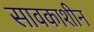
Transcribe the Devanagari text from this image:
सावकाशीन